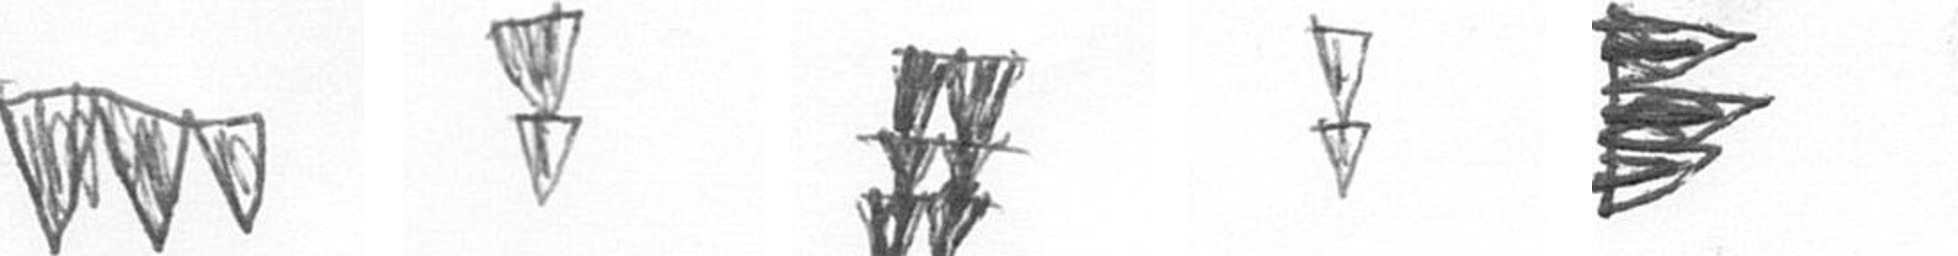
L Z Y Z H